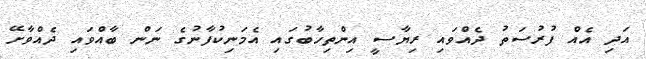
އަދި އެއް ފުރުސަތު ދެއްވައި ރިޔާސީ އިންތިހާބުގައި އެމަނިކުފާނުގެ ނަން ބާއްވައި ދެއްވާށޭ